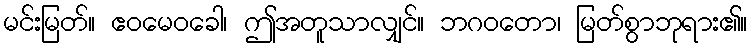
မင်းမြတ်။ ဧဝမေဝခေါ၊ ဤအတူသာလျှင်။ ဘဂဝတော၊ မြတ်စွာဘုရား၏။